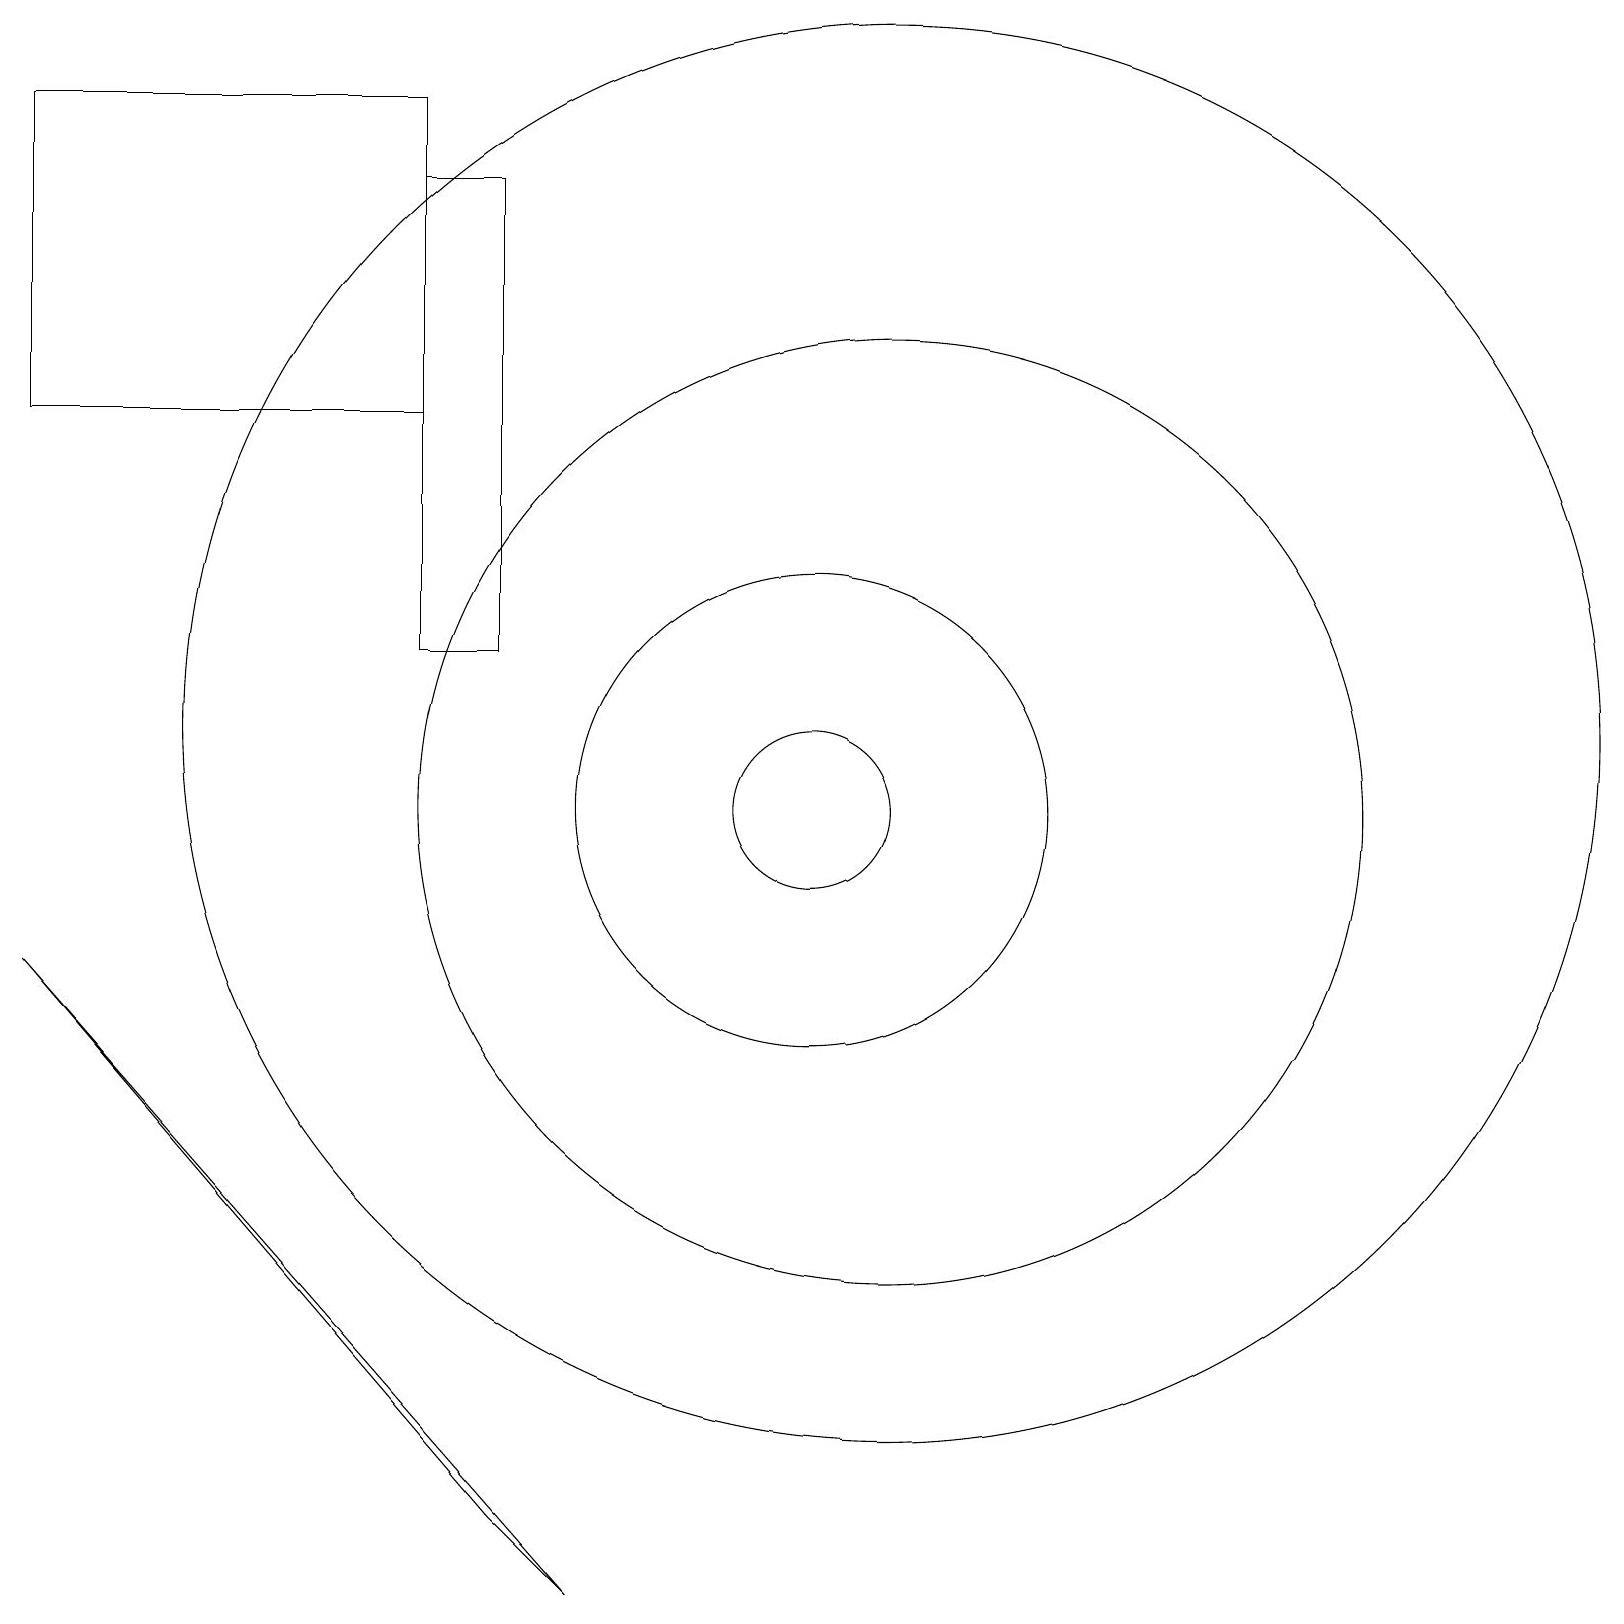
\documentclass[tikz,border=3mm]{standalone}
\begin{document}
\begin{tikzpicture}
\draw (11,10) circle (1);
\draw (12,11) circle (9);
\draw (8,0) -- (1,8) -- (7,1) -- cycle;
\draw (11,10) circle (3);
\draw (12,10) circle (6);
\draw (1,19) rectangle (6,15);
\draw (6,18) rectangle (7,12);
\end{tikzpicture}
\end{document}